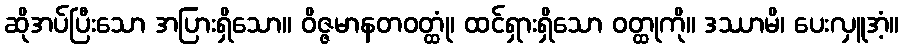
ဆိုအပ်ပြီးသော အပြားရှိသော။ ဝိဇ္ဇမာနတဝတ္ထုံ၊ ထင်ရှားရှိသော ဝတ္ထုကို။ ဒဿာမိ၊ ပေးလှူအံ့။